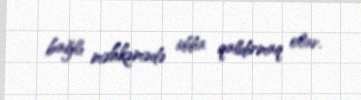
bağlı məhkəmədə iddia qaldırmaq olar.